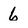
Character: 6